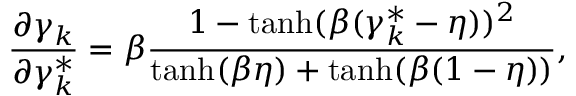
\frac { \partial \gamma _ { k } } { \partial { \gamma } _ { k } ^ { * } } = \beta \frac { 1 - \operatorname { t a n h } ( \beta ( { \gamma } _ { k } ^ { * } - \eta ) ) ^ { 2 } } { \operatorname { t a n h } ( \beta \eta ) + \operatorname { t a n h } ( \beta ( 1 - \eta ) ) } ,